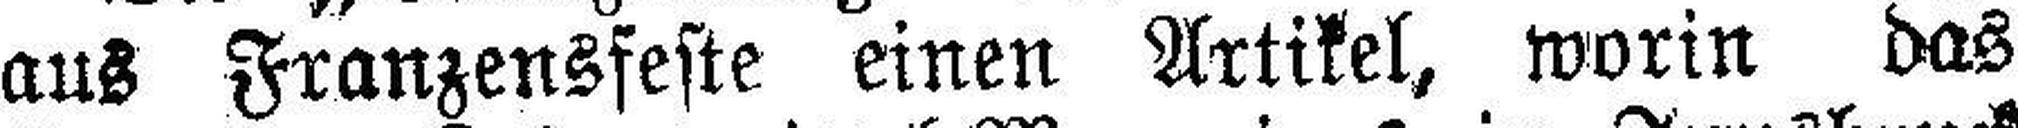
aus Franzensfeste einen Artikel, worin das